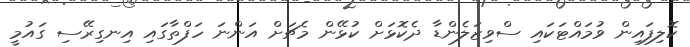
ކޮލިފައިން ވުމައްޓަކައި ސްވިޒަލެންޑާ ދެކޮޅަށް ކުޅޭން މެޗަށް އަންނަ ހަފްތާގައި އިނގިރޭސި ގައުމީ